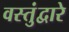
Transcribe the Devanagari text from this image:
वस्तुंद्वारे